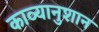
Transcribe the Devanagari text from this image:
काव्यानुशान